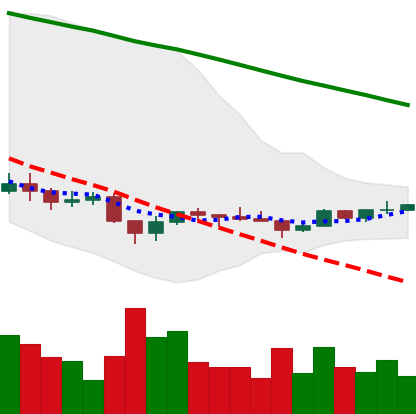
Ticker: ADA-USD
Chart end date: 2022-12-04
Forward return: -3.431%
Label: down_3_5